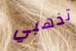
تذهبي